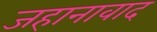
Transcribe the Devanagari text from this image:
जहानावाद